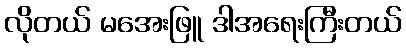
လိုတယ် မအေးဖြူ ဒါအရေးကြီးတယ်